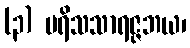
(၃) ပရိသသာရဇ္ဇဘယ၊